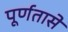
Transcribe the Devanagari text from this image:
पूर्णतासे